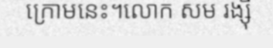
ក្រោមនេះ។លោក សម រង្ស៊ី